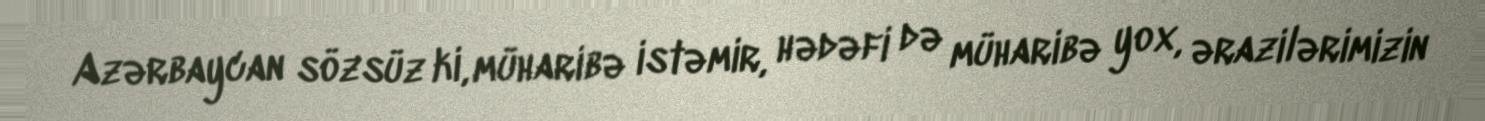
Azərbaycan sözsüz ki, müharibə istəmir, hədəfi də müharibə yox, ərazilərimizin